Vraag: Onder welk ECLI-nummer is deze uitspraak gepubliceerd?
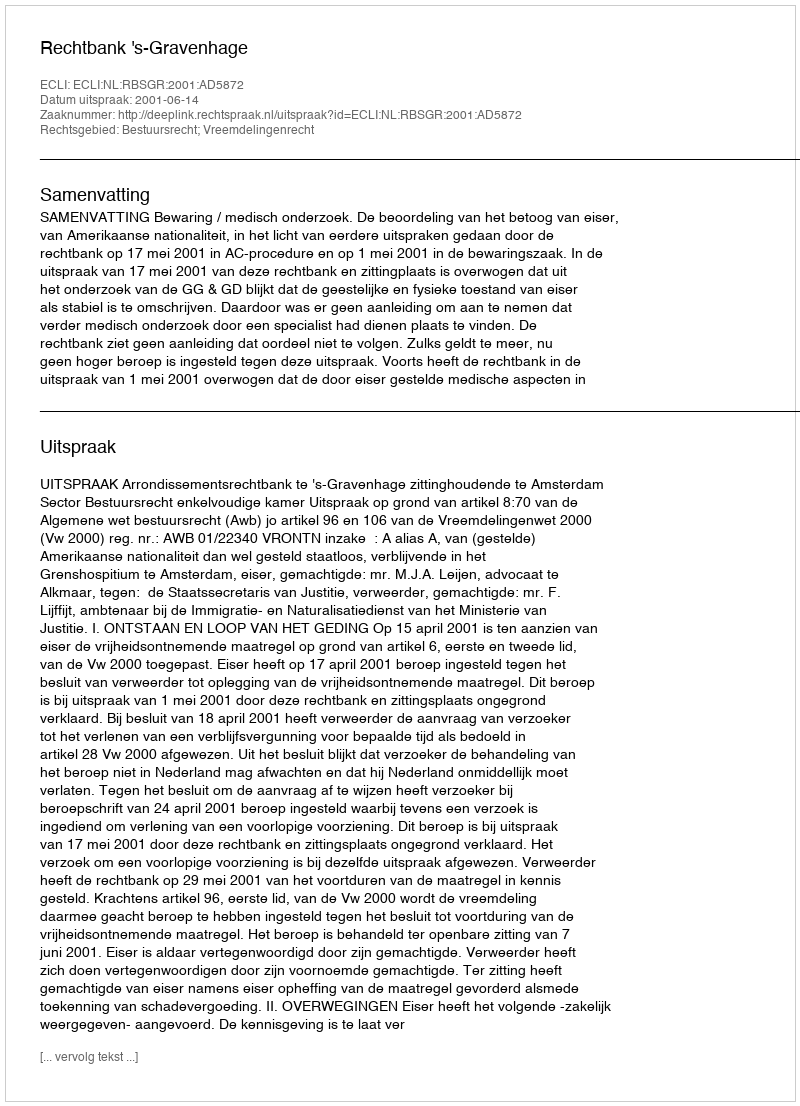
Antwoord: ECLI:NL:RBSGR:2001:AD5872